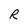
Character: R